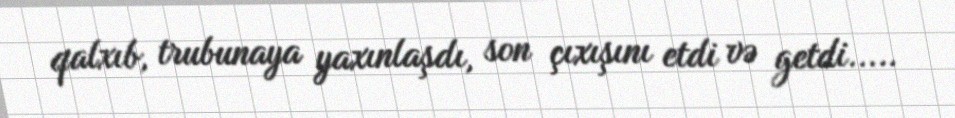
qalxıb, trubunaya yaxınlaşdı, son çıxışını etdi və getdi.....